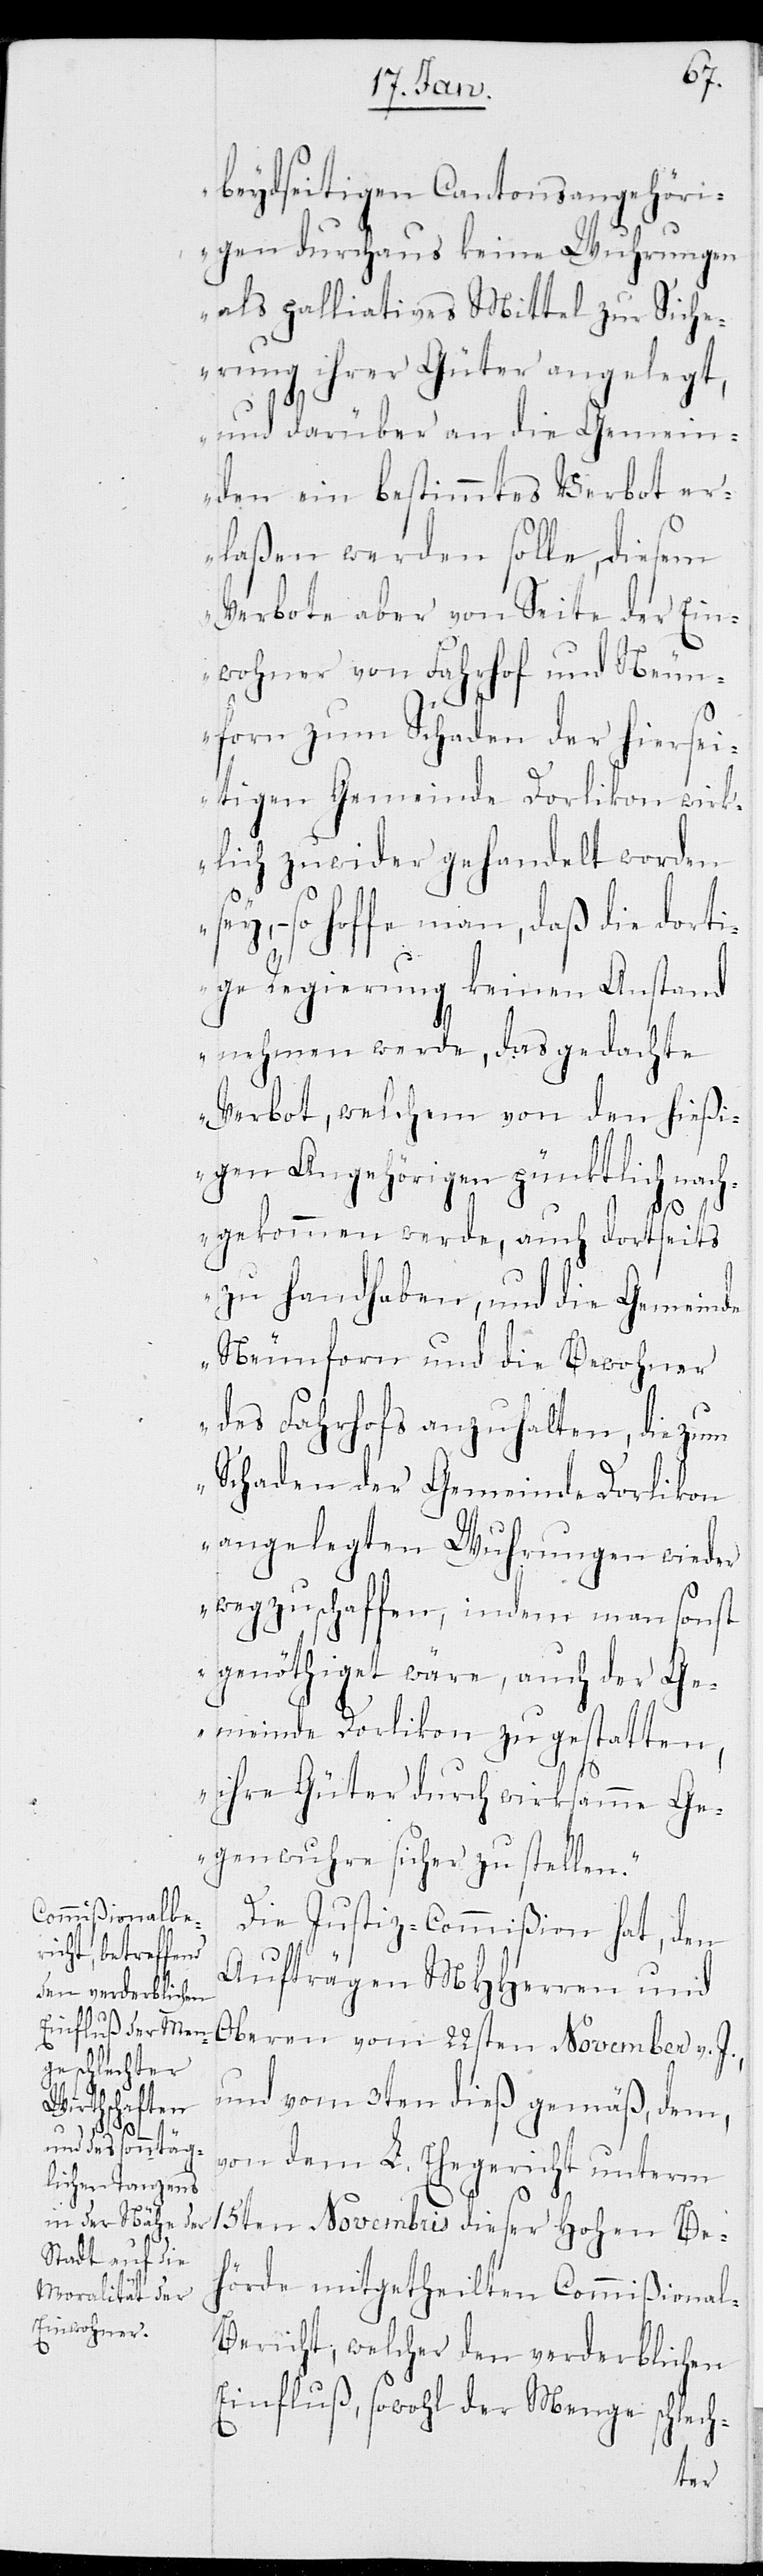
beydseitigen Cantonsangehöri¬
gen durchaus keine Wuhrungen
als palliatives Mittel zur Siche¬
rung ihrer Güter angelegt,
und darüber an die Gemein¬
den ein bestimmtes Verbot er¬
laßen werden solle, diesem
Verbote aber von Seite der Ein¬
wohner von Fahrhof und Neun¬
forn zum Schaden der hiersei¬
tigen Gemeinde Dorlikon wirk¬
lich zuwider gehandelt worden
so hoffe man, daß die dort¬
ige Regierung keinen Anstand
nehmen werde, das gedachte
Verbot, welchem von den hießi¬
gen Angehörigen pünktlich nach¬
gekommen werde, auch dortseits
zu handhaben, und die Gemeinde
Neunforn und die Bewohner
des Fahrhofs anzuhalten, die zum
Schaden der Gemeinde Dorlikon
angelegten Wuhrungen wieder
wegzuschaffen, indem man sonst
genöthiget wäre, auch der Ge¬
meinde Dorlikon zu gestatten,
ihre Güter durch wirksame Ge¬
genwuhre sicher zu stellen.“
Die Justiz-Commißion hat, den
Aufträgen MHHerren und
Oberen vom 22sten November v. J.
und vom 3ten dieß gemäß, dem,
von dem L. Ehegericht unterm
15ten Novembris dieser Hohen Be¬
hörde mitgetheilten Commißional-B¬
ericht, welcher den verderblichen
Einfluß, sowohl der Menge schlech-